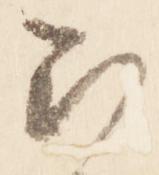
被